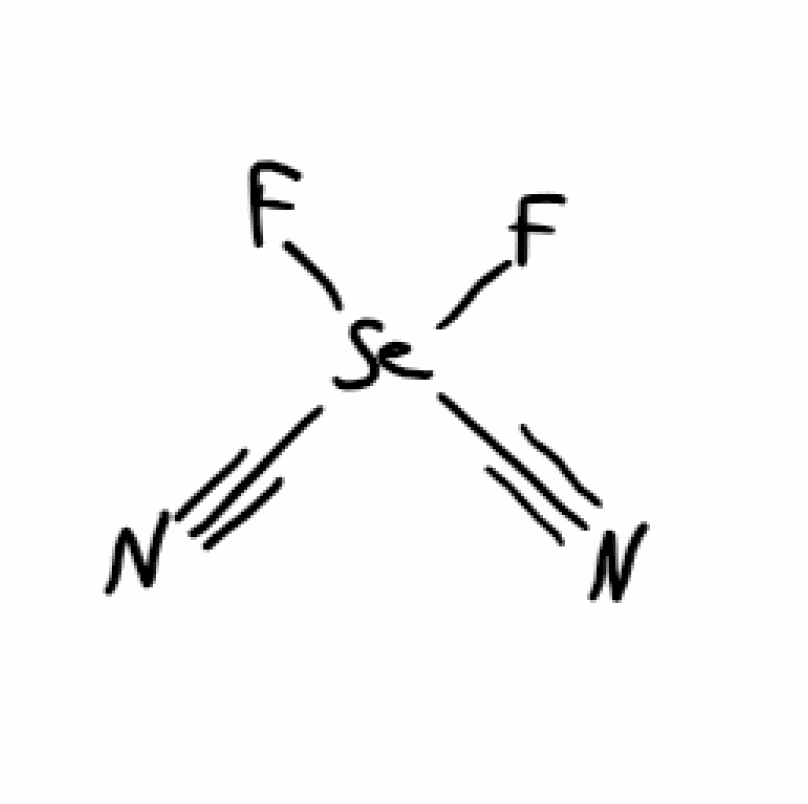
Simplified molecular-input line-entry system (SMILES) notation of the given molecule:
C(#N)[Se](C#N)(F)F